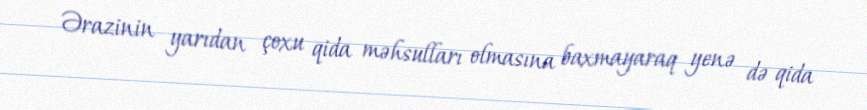
Ərazinin yarıdan çoxu qida məhsulları olmasına baxmayaraq yenə də qida